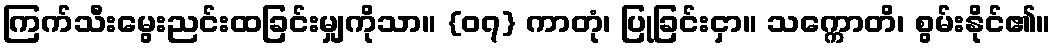
ကြက်သီးမွေးညင်းထခြင်းမျှကိုသာ။ {၀၇} ကာတုံ၊ ပြုခြင်းငှာ။ သက္ကောတိ၊ စွမ်းနိုင်၏။